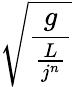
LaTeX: \sqrt{\frac{g}{\frac{L}{j^{n}}}}